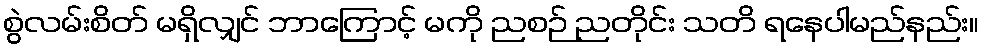
စွဲလမ်းစိတ် မရှိလျှင် ဘာကြောင့် မကို ညစဉ် ညတိုင်း သတိ ရနေပါမည်နည်း။